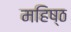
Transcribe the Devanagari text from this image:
महिष्ठ